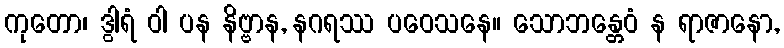
ကုတော၊ ဒွါရံ ဝါ ပန နိဗ္ဗာန, နဂရဿ ပဝေသနေ။ သောဘန္တေဝံ န ရာဇာနော,